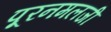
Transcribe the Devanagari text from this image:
पूरनमलजी